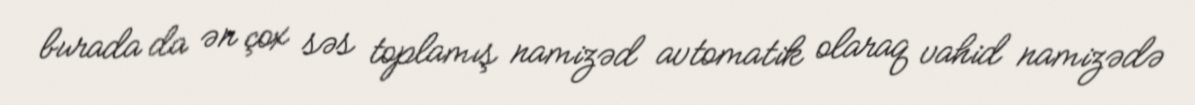
burada da ən çox səs toplamış namizəd avtomatik olaraq vahid namizədə